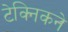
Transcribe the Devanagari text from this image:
टेक्निकने